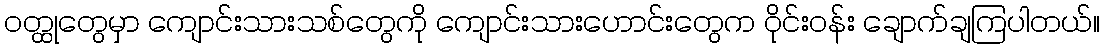
ဝတ္ထုတွေမှာ ကျောင်းသားသစ်တွေကို ကျောင်းသားဟောင်းတွေက ဝိုင်းဝန်း ချောက်ချကြပါတယ်။